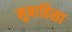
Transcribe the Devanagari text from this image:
मुबाहिसा